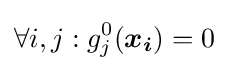
\forall i,j:g_{j}^{0}({\boldsymbol {x_{i}}})=0